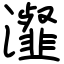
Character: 瀣